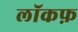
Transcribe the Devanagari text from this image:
लॉकफ़